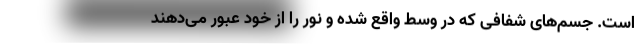
است. جسم‌های شفافی که در وسط واقع شده و نور را از خود عبور می‌دهند